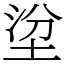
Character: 𡌂